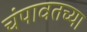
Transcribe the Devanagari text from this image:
चंपावतच्या